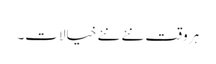
ہر وقت نئے نئے خیالات۔